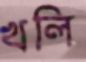
খলি